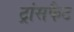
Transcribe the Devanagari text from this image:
ट्रांसफैट